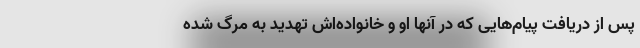
پس از دریافت پیام‌هایی که در آنها او و خانواده‌اش تهدید به مرگ شده